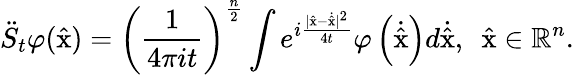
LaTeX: \ddot{S}_{t}\varphi(\hat{\mathrm{x}})=\left(\frac{1}{4\pi it}\right)^{\frac{n}{2}}\int e^{i\frac{|\hat{\mathrm{x}}-\dot{\hat{\mathrm{x}}}|^{2}}{4t}}\varphi\left(\dot{\hat{\mathrm{x}}}\right)d\dot{\hat{\mathrm{x}}},\enspace\hat{\mathrm{x}}\in\mathbb{R}^{n}.